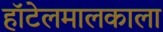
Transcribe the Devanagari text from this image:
हॉटेलमालकाला